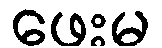
ဖေးမ